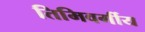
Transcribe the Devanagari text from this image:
तिमिवर्गीय